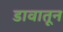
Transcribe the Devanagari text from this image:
डावातून